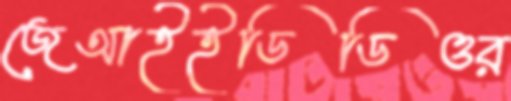
জেআইইডিডিওর